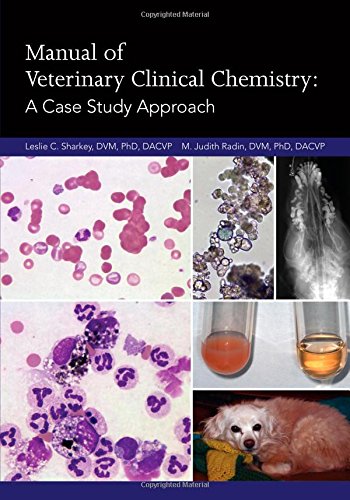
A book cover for Manual of Veterinary Clinical Chemistry: A Case Study Approach; Leslie C. Sharkey; Medical Books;